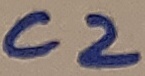
Text: C2